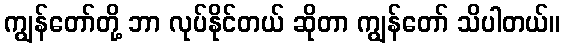
ကျွန်တော်တို့ ဘာ လုပ်နိုင်တယ် ဆိုတာ ကျွန်တော် သိပါတယ်။